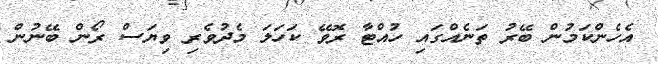
އެހެންކަމުން ބޭރު ތަނެއްގައި ހުއްޓާ ރޮވޭ ކަހަލަ މެެދުވެރި ވިޔަސް ރޯން ބޭނުން